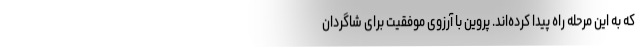
که به این مرحله راه پیدا کرده‌اند. پروین با آرزوی موفقیت برای شاگردان